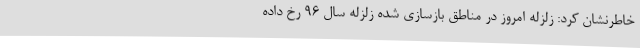
خاطرنشان کرد: زلزله امروز در مناطق بازسازی شده زلزله سال 96 رخ داده